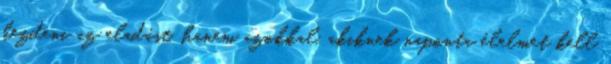
kezdeni az eladást, hanem azokkal, akiknek naponta élelmet kell